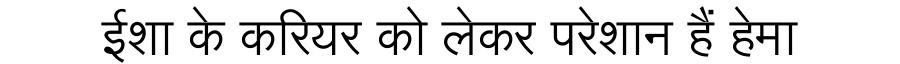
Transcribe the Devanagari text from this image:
ईशा के करियर को लेकर परेशान हैं हेमा